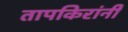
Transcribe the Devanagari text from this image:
तापकिरांनी